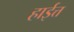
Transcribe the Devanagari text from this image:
हाईत्त